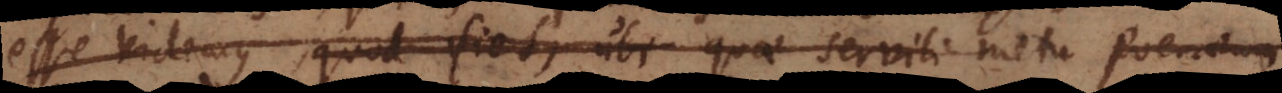
esse videmus, quod fiet, ubi quae servili metu poenarum